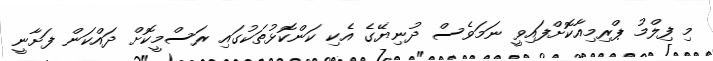
މި ފިލްމު ޕްރިމިއާކޮށްފައިވީ ނަމަވެސް ދުނިޔޭގެ އެކި ކަންކޮޅުތަކުގައި ރަސްމީކޮށް ދައްކަން ފަށާނީ